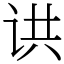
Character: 䜤